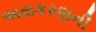
અસકરણની